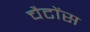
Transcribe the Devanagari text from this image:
चैटोंस